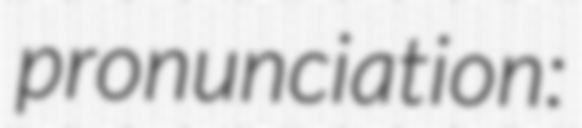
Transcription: pronunciation: